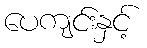
ပေကျင်းနှင့်